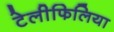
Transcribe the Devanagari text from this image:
टेलीफिलिया